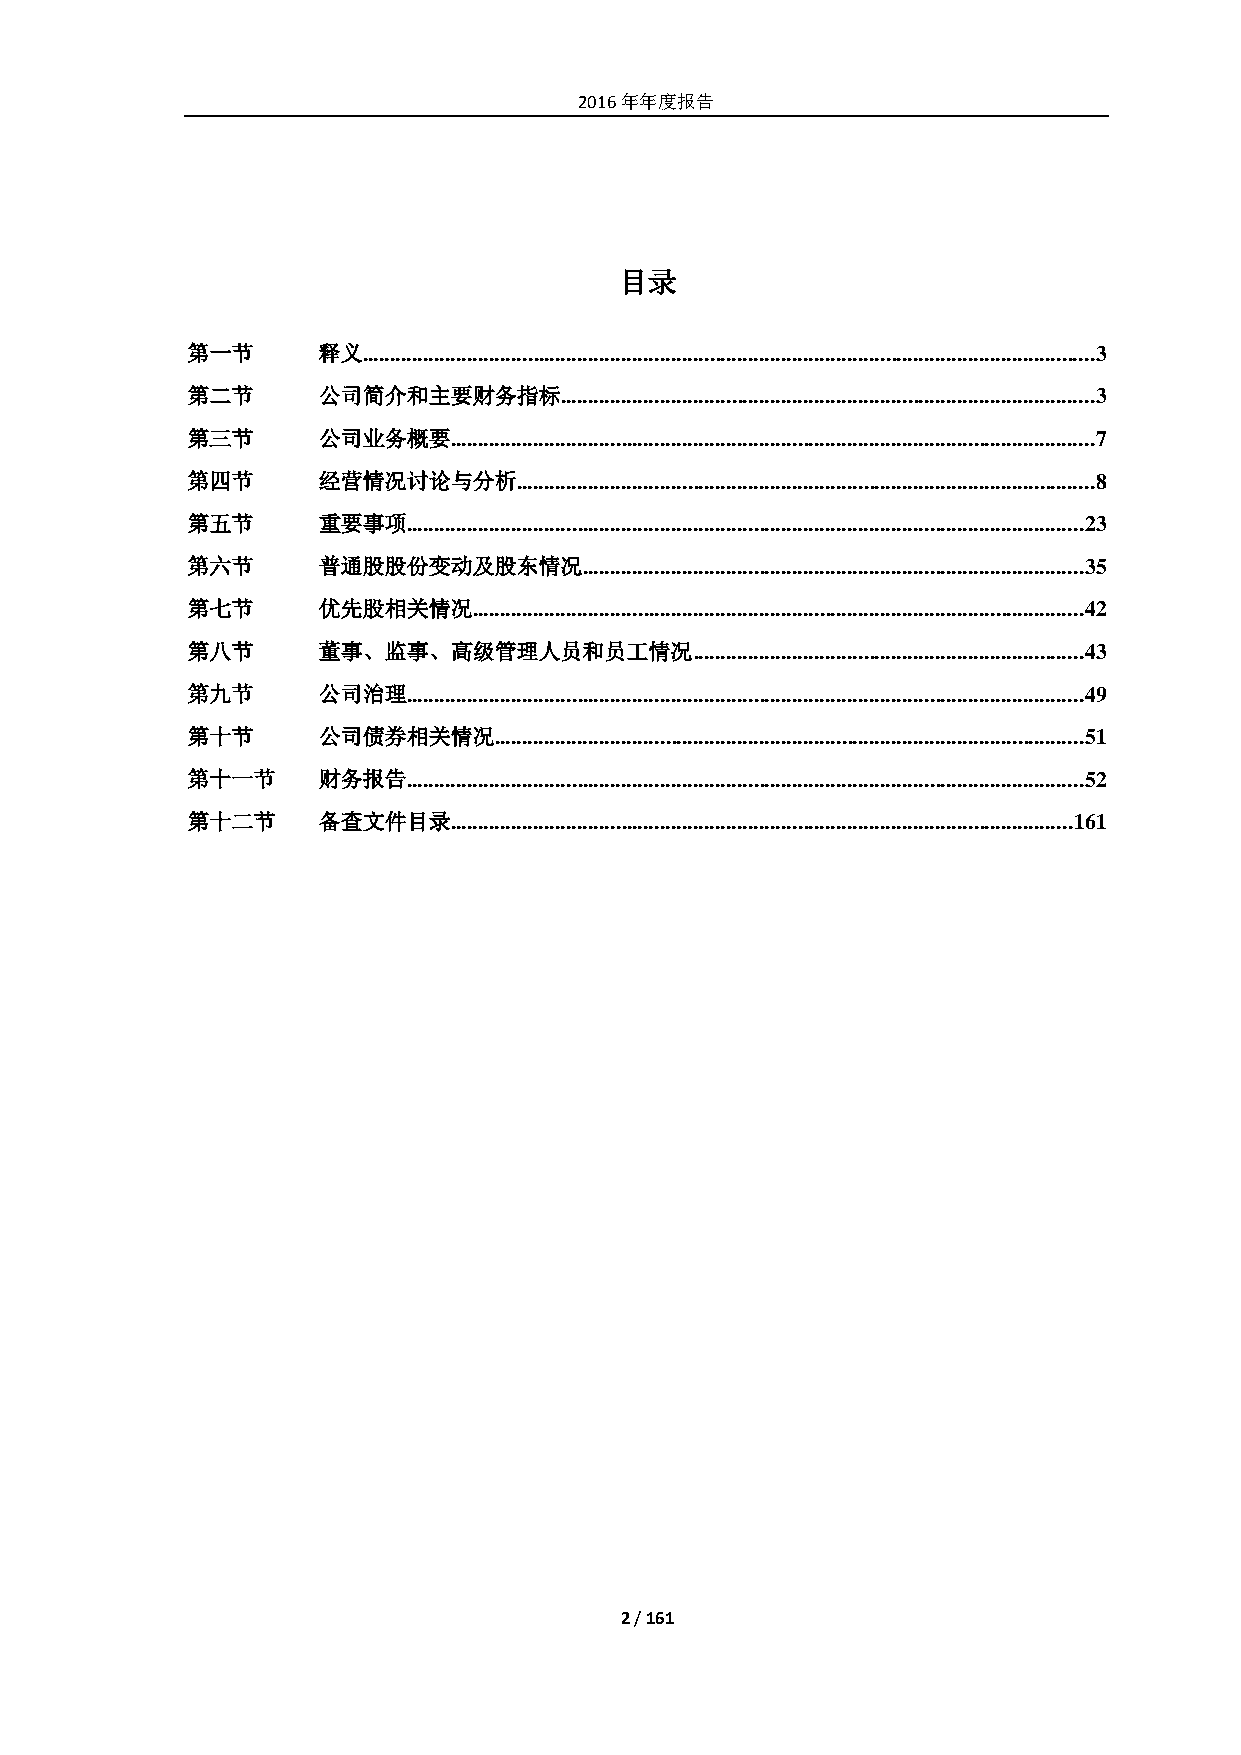
2016年年度报告
 目录
 第一节      释义 ..................................................................................................................................... 3
 第二节      公司简介和主要财务指标     ................................................................................................. 3
 第三节      公司业务概要   ..................................................................................................................... 7
 第四节      经营情况讨论与分析    ......................................................................................................... 8
 第五节      重要事项  ........................................................................................................................... 23
 第六节      普通股股份变动及股东情况      ........................................................................................... 35
 第七节      优先股相关情况   ............................................................................................................... 42
 第八节      董事、监事、高级管理人员和员工情况        ....................................................................... 43
 第九节      公司治理  ........................................................................................................................... 49
 第十节      公司债券相关情况    ........................................................................................................... 51
 第十一节     财务报告  ........................................................................................................................... 52
 第十二节     备查文件目录   ................................................................................................................. 161
 2 / 161